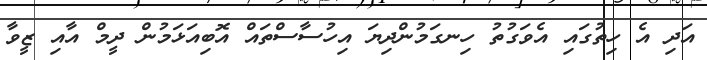
އަދި އެ ހިތުގައި އެވަގުތު ހިނގަމުންދިޔަ އިހުސާސްތައް އޮބިއަޅަމުން ދީމް އާއި ޒީވާ